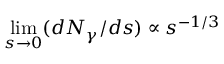
\operatorname* { l i m } _ { s \to 0 } ( d N _ { \gamma } / d s ) \propto s ^ { - 1 / 3 }